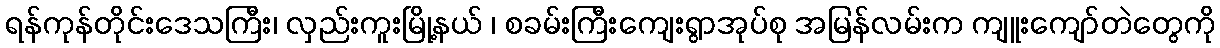
ရန်ကုန်တိုင်းဒေသကြီး၊ လှည်းကူးမြို့နယ် ၊ စခမ်းကြီးကျေးရွာအုပ်စု အမြန်လမ်းက ကျူးကျော်တဲတွေကို